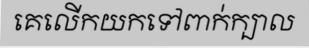
គេលើកយកទៅពាក់ក្បាល